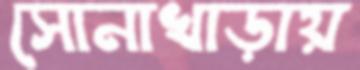
সোনাখাড়ায়